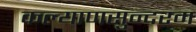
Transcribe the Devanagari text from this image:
कल्याणसुन्दरम